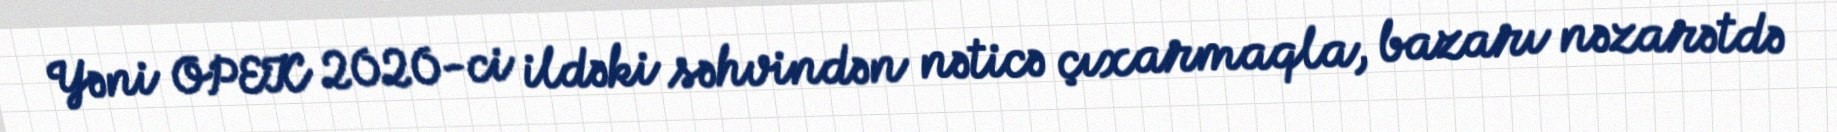
Yəni OPEK 2020-ci ildəki səhvindən nəticə çıxarmaqla, bazarı nəzarətdə